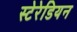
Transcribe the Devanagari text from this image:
स्टेरेडियन